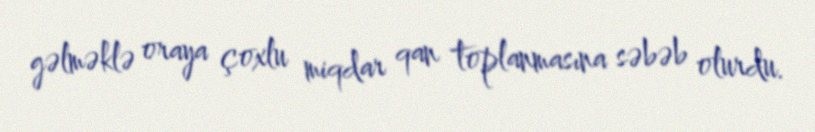
gəlməklə oraya çoxlu miqdar qan toplanmasına səbəb olurdu.